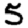
Digit: 5